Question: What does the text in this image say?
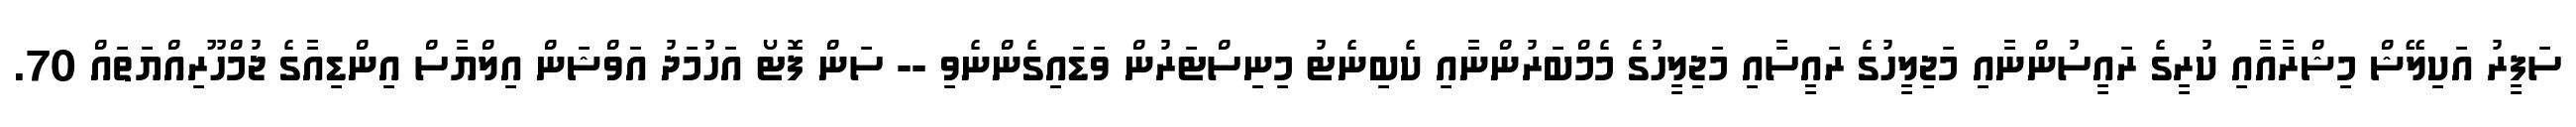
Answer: ސަފީރު އަކިލޭޝް މިޝްރާއާއި ކުރީގެ ރައީސުންނާއި މަޖިލީހުގެ ރައީސާއި މަޖިލީހުގެ މެމްބަރުންނާއި ކެބިނެޓު މިނިސްޓަރުން ވަޑައިގެންނެވި -- ސަން ފޮޓޯ އަހުމަދު އަވްޝަން އިލްޔާސް އިންޑިއާގެ ޖުމްހޫރިއްޔަތައް 70.